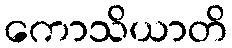
ကောသိယာတိ